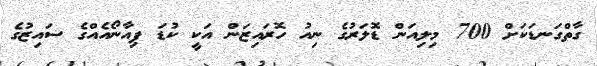
ގާތްގަނޑަކަށް 700 މިލިއަން ޑޮލަރުގެ ނިއު ހޮރައިޒަން އަކީ ކުޑަ ޕިއާނޯއެއްގެ ސައިޒުގެ